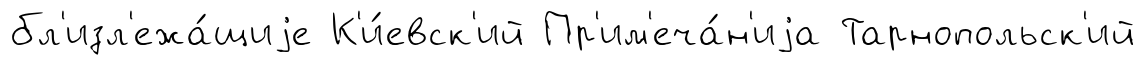
бл'изл'ежа́щиjе К'и́евск'ий Пр'им'еча́н'иjа Тарнопольск'ий